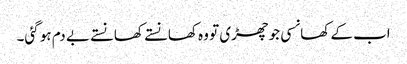
اب کے کھانسی جو چھڑی تو وہ کھانستے کھانستے بے دم ہو گئی۔